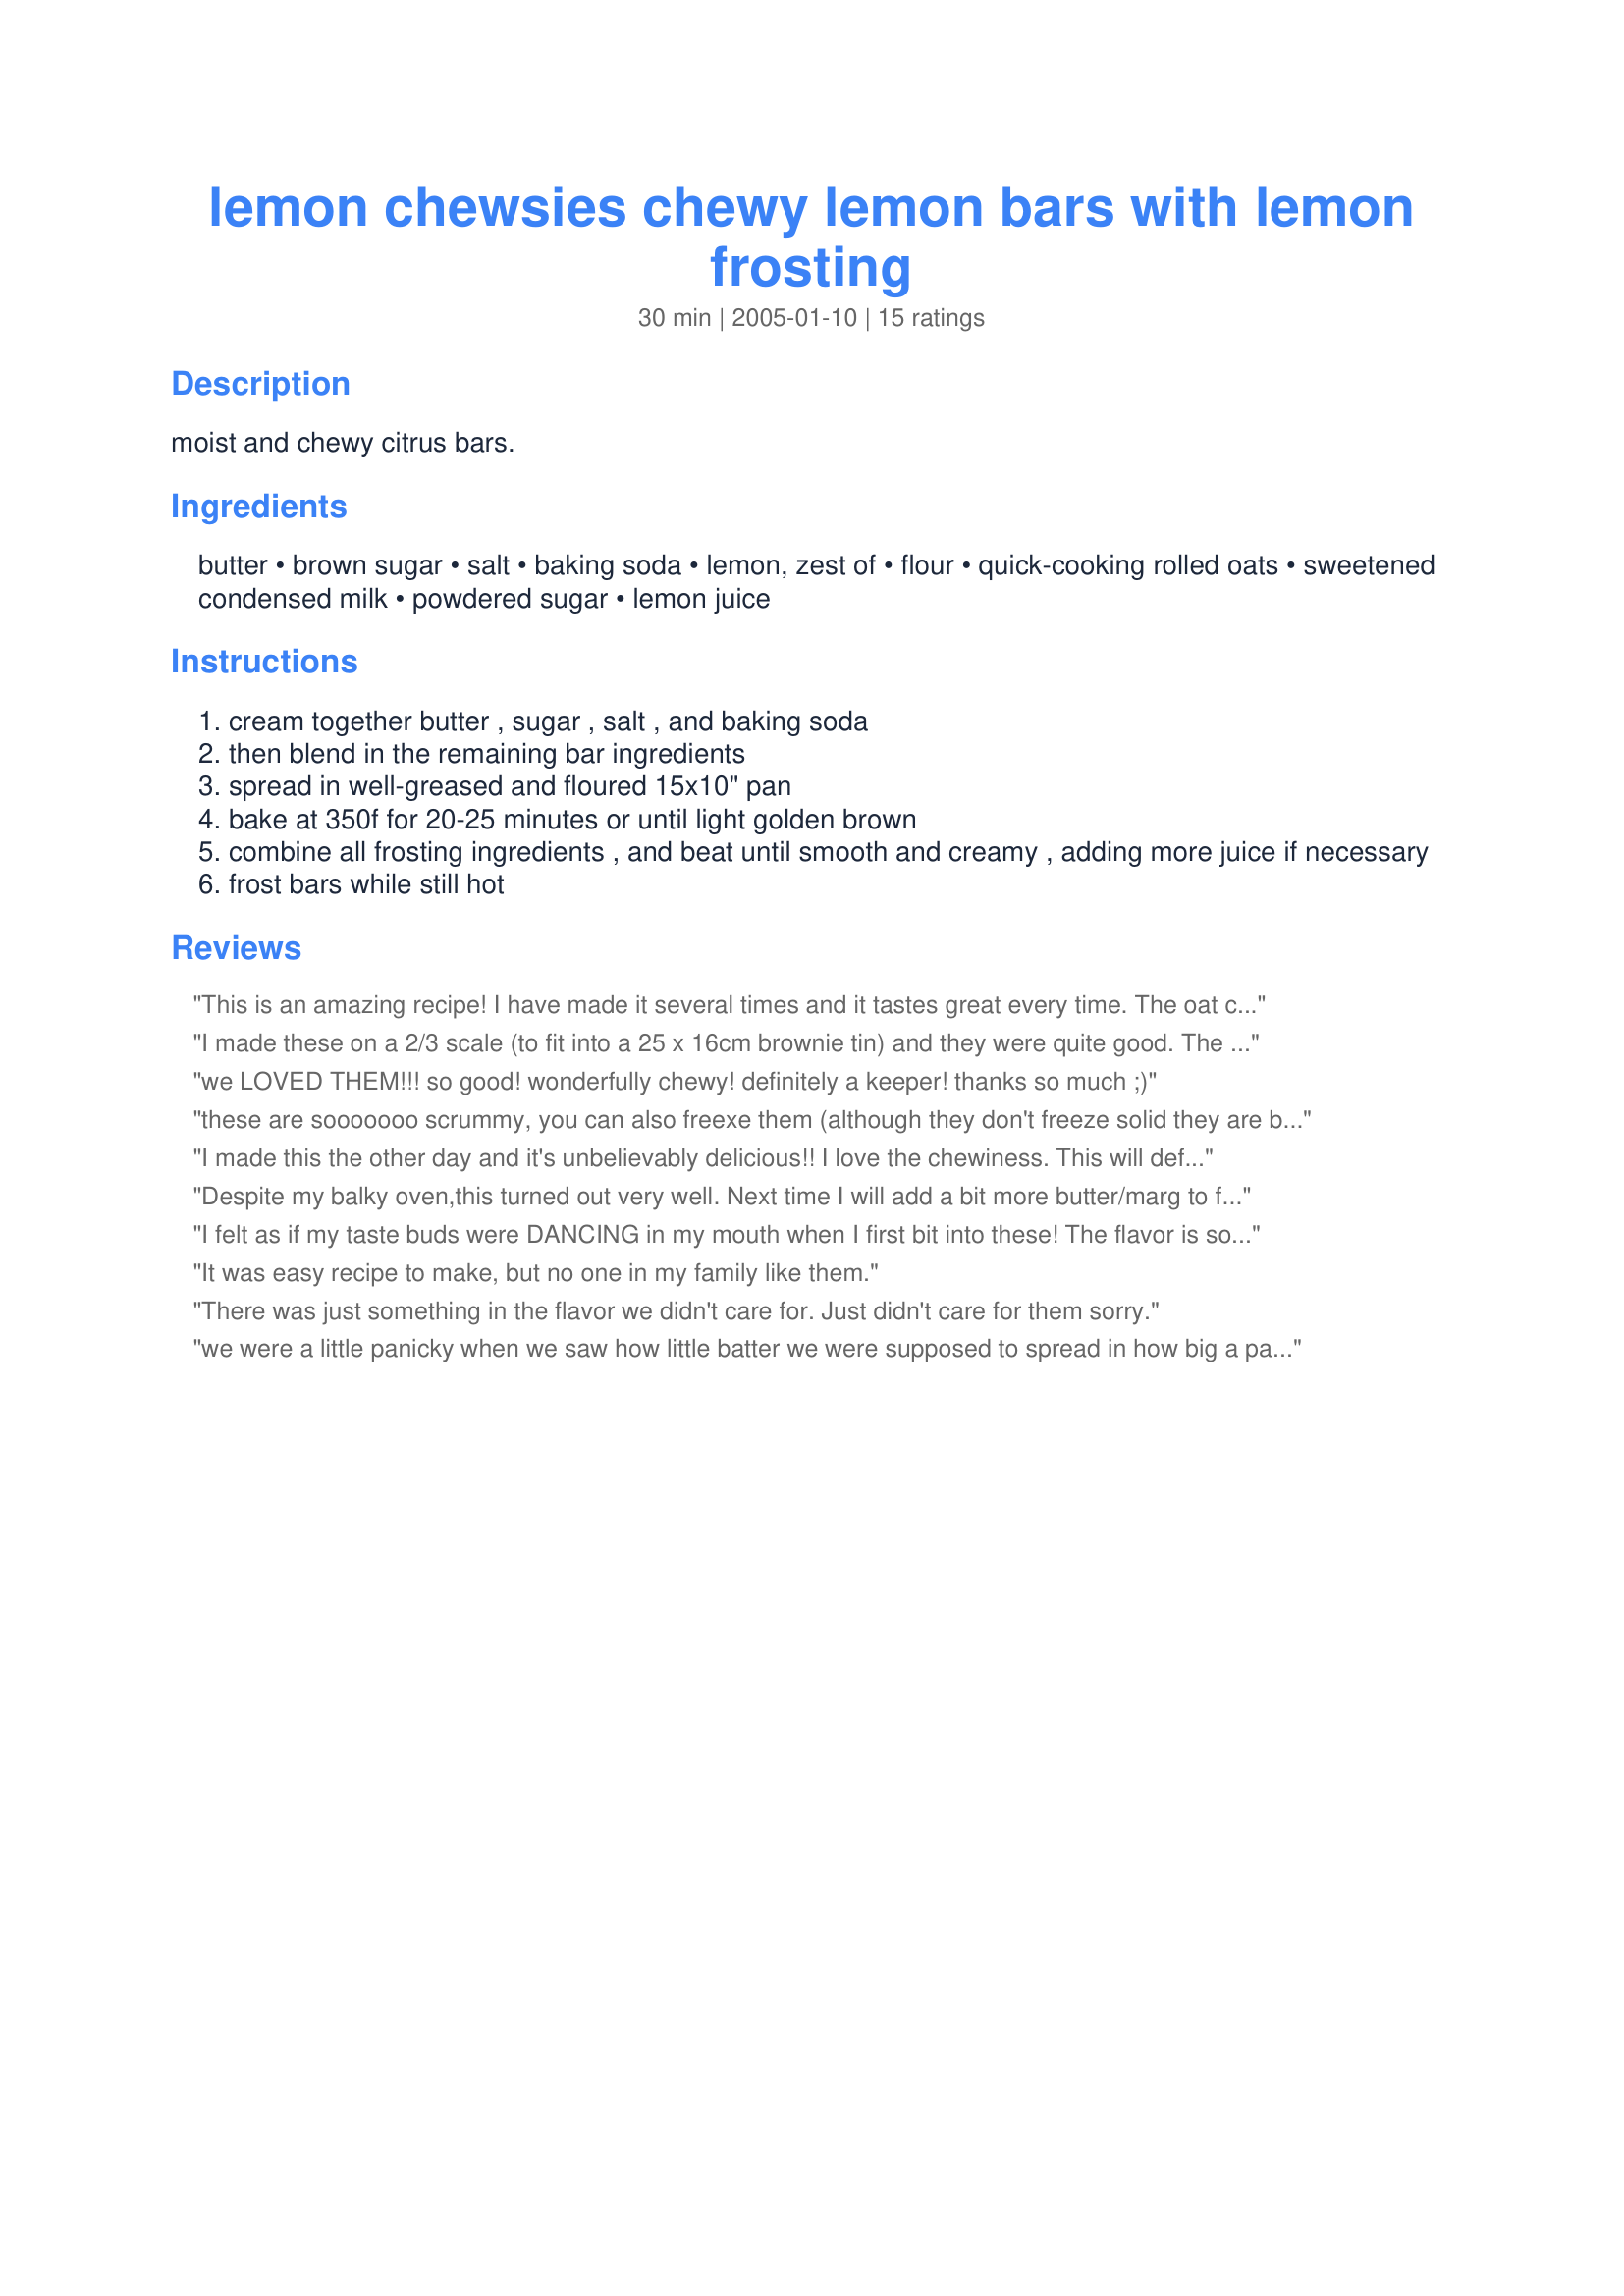
lemon chewsies chewy lemon bars with lemon frosting
Preparation time: 30 minutes

moist and chewy citrus bars.

Ingredients:
butter, brown sugar, salt, baking soda, lemon, zest of, flour, quick-cooking rolled oats, sweetened condensed milk, powdered sugar, lemon juice

Steps:
cream together butter , sugar , salt , and baking soda
then blend in the remaining bar ingredients
spread in well-greased and floured 15x10" pan
bake at 350f for 20-25 minutes or until light golden brown
combine all frosting ingredients , and beat until smooth and creamy , adding more juice if necessary
frost bars while still hot

Reviews:
This is an amazing recipe! I have made it several times and it tastes great every time. The oat cookie bar has a subtle lemon flavor and is moist and chewy. My husband just loves the lemon frosting and even has me make extra to put on. It is zesty and goes perfectly with the bar. Make sure your using Eagle Brand sweetened condenced milk! <br/>Thank you for sharing this wonderful recipe.
I made these on a 2/3 scale (to fit into a 25 x 16cm brownie tin) and they were quite good. The mixture was very sticky and hard to spread into the tin, but it did expand a lot during cooking and rose to fill the tin, so don't worry if you have the same problem. It is nice and chewy, but slightly too sweet for my taste. I'd adapt it next time to use a bit less sugar. The other slightly odd thing about it was why you needed to ice it while hot. I had some small lumps of butter that hadn't mixed in properly (I beat it by hand) so they just melted and it all looked really ugly once you poured it onto the hot base, but it tasted OK.
we LOVED THEM!!! so good! wonderfully chewy! definitely a keeper! thanks so much ;)
these are sooooooo scrummy, you can also freexe them (although they don't freeze solid they are better eaten from frozen!!!!!
I made this the other day and it's unbelievably delicious!! I love the chewiness. This will definitely be one of our favorite Lemon desserts to make.
Despite my balky oven,this turned out very well. Next time I will add a bit more butter/marg to frosting.I love the tangy lemon flavour.
I felt as if my taste buds were DANCING in my mouth when I first bit into these! The flavor is so surprisingly fresh and tangy and the chewiness of the cookie layer is incredible. I have made this recipe twice within the past week for parties. It has been a MAJOR hit...and it's so easy! I used old fashioned oats vs quick-cooking. I don't know what,if any effect it may have on the outcome, but it surely didn't do it any harm.
It was easy recipe to make, but no one in my family like them.
There was just something in the flavor we didn't care for. Just didn't care for them sorry.
we were a little panicky when we saw how little batter we were supposed to spread in how big a pan, but it was all fine and we loved these!
I&#039;ve been looking for a recipe like this for years! I don&#039;t like regular lemon bar because they taste too eggy, but these delightful bars solved that problem. Not one egg in the recipe. These bars are heavenly and I love that you can spread on the icing while still hot. Thank you Little Turtle. . .you are my new best friend!
Wish I could give this more than 5 stars! My boys beg me to make these and are now a "must" for the Christmas dainty platter.
Thanks for sharing!
Fantastic- loved the texture and tart flavor- have made several times but I use 13x9 pan. Reminded me of a bar that I had at a bakery once and could not determine how they were made. Had to pass this recipe along to my mom once she tasted them!
The cookie part was good. But the frosting.. ALL but 2 of my kids pulled the frosting off. They didn't like it. The cookie base has more of an oatmeal cookie flavor, NO lemon flavor in the cookie part. The frosting is just sour, no real lemon flavor. I will make this again, with out the lemon zest and frosting.
UPDATE: We tried this again. Sorry. They are just gross. Kids hated them, sorry.
Very easy to put together, but the base didn't taste very nice.
